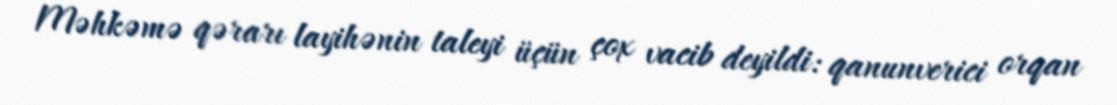
Məhkəmə qərarı layihənin taleyi üçün çox vacib deyildi: qanunverici orqan